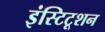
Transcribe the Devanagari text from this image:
इंस्टिटूशन